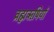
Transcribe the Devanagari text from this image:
ब्रह्मऋषियों